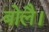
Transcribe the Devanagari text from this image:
बोलै।